Newspaper: Waterbury Democrat. [volume]
Place of publication: Waterbury [Connecticut]
Date: 1900-11-20 00:00:00
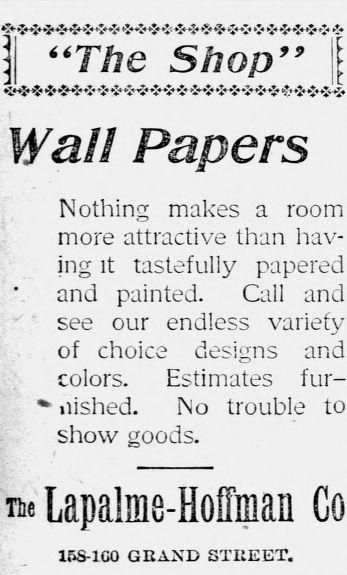
Advertisement text (OCR):
I "The Shop" i Wall Papers Nothing makes a room more attractive than hav ing it tastefully papered and painted. Call and see our endless variety of choice designs and colors. Estimates fur-- iiished. Mo trouble to show goods. Tt Lapalme-Hoffman Co 15S-1C0 GRIND STREET.
Label: text-only